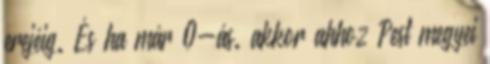
erejéig. És ha már 0-ás. akkor ahhoz Pest megyei